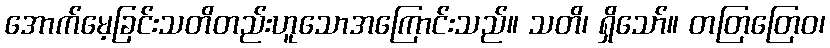
အောက်မေ့ခြင်းသတိတည်းဟူသောအကြောင်းသည်။ သတိ၊ ရှိသော်။ တတြတြေဝ၊